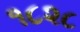
૧૮૨૮